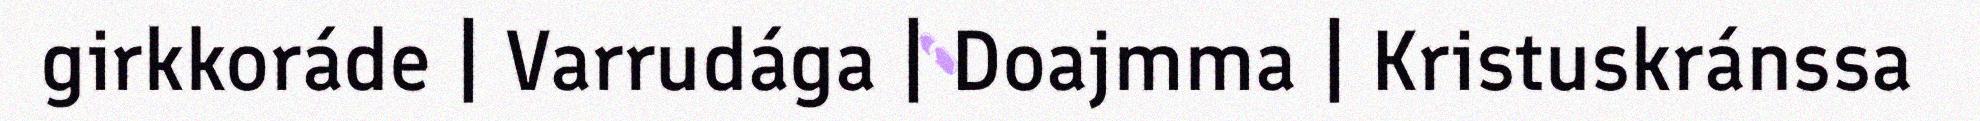
girkkoráde | Varrudága | Doajmma | Kristuskránssa